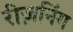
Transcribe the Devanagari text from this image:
रीज़निंग